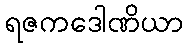
ရဇကဒေါဏိယာ